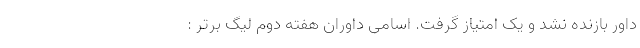
داور بازنده نشد و یک امتیاز گرفت. اسامی داوران هفته دوم لیگ برتر :